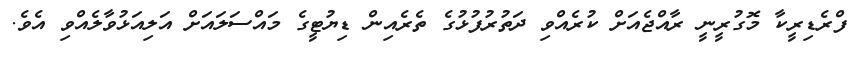
ފްރެޑިރީކާ މޮގުރީނީ ރާއްޖެއަށް ކުރެއްވި ދަތުރުފުޅުގެ ތެރެއިން ޑިޔުޓީގެ މައްސަލައަށް އަލިއަޅުވާލެއްވި އެވެ.